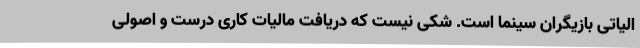
الیاتی بازیگران سینما است. شکی نیست که دریافت مالیات کاری درست و اصولی